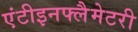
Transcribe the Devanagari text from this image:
एंटीइनफ्लैमेटरी